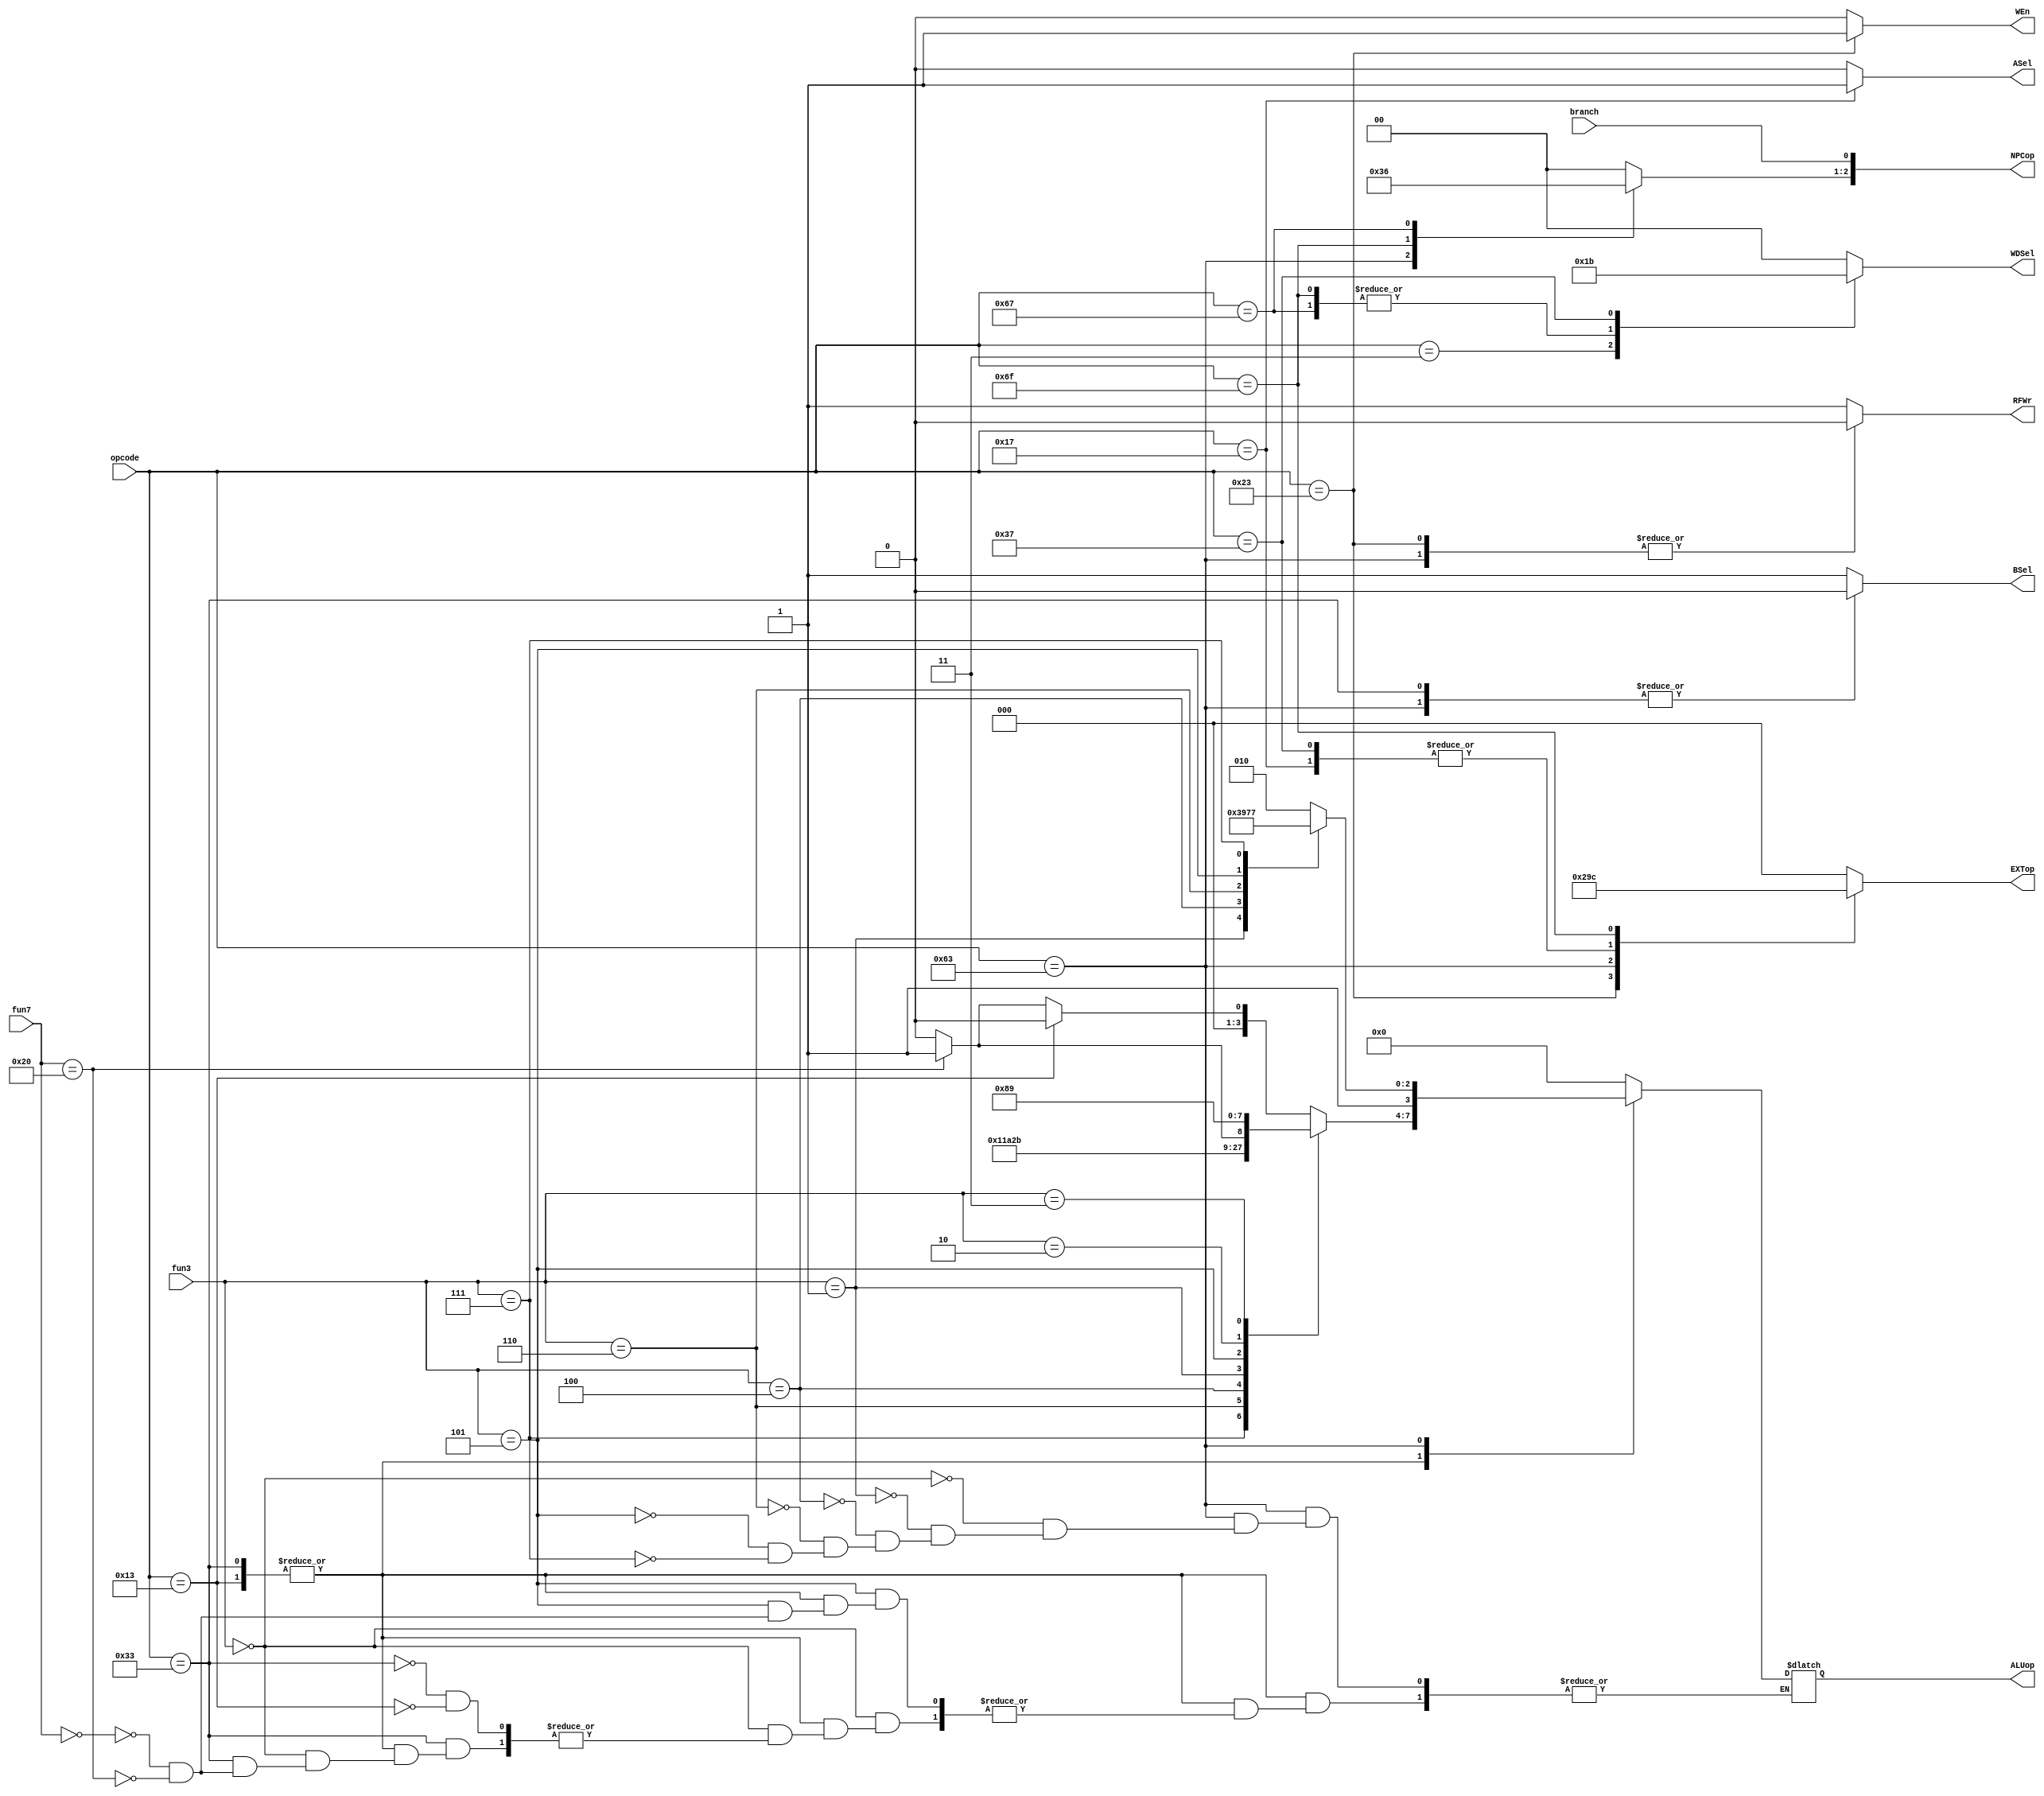
module CTRL (
    input wire [6:0] opcode,
    input wire [14:12] fun3,
    input wire [31:25] fun7,
    input wire branch,
    output reg [2:0] NPCop,
    output reg WEn,
    output reg [3:0] ALUop,
    output reg ASel,
    output reg BSel,
    output reg [2:0] EXTop,
    output reg RFWr,
    output reg [1:0] WDSel
);
    
    //control ALUop
    always @(*) begin
        case (opcode)
            7'b0110011,7'b0010011: begin
                case (fun3)
                    3'b000:begin
                        case (opcode)
                            7'b0110011:begin
                                case (fun7)
                                    7'b0000000: ALUop=0;
                                    7'b0100000: ALUop=4'b0001;
                                endcase
                            end
                            7'b0010011:begin
                                ALUop=0;
                            end
                        endcase
                        
                    end
                    3'b111: ALUop=4'b0010;
                    3'b110: ALUop=4'b0011;
                    3'b100: ALUop=4'b0100;
                    3'b001: ALUop=4'b0101;
                    3'b101:begin
                        case (fun7)
                            7'b0000000: ALUop=4'b0110;
                            7'b0100000: ALUop=4'b0111;
                        endcase
                    end
                    3'b010: ALUop=4'b1000;
                    3'b011: ALUop=4'b1001;
                endcase
            end
            7'b1100011: begin
                case (fun3)
                    3'b000: ALUop=4'b1010;
                    3'b001: ALUop=4'b1011;
                    3'b100: ALUop=4'b1100;
                    3'b110: ALUop=4'b1101;
                    3'b101: ALUop=4'b1110;
                    3'b111: ALUop=4'b1111;
                endcase
            end
            default: ALUop=0;
        endcase
    end
    
    //control NPCop
    always @(*) begin
        NPCop[0]=branch;
        case (opcode)
            7'b1100011: NPCop[2:1]=2'b11;
            7'b1101111: NPCop[2:1]=2'b01;
            7'b1100111: NPCop[2:1]=2'b10;
            default: NPCop[2:1]=0;
        endcase
    end

    //control WEn
    always @(*) begin
        case (opcode)
            7'b0100011: WEn=1;
            default: WEn=0;
        endcase
    end

    //control RFWr
    always @(*) begin
        case (opcode)
            7'b0100011,7'b1100011: RFWr=0;
            default: RFWr=1;
        endcase
    end

    //control ASel and BSel
    always @(*) begin
        case (opcode)
            7'b0010111: ASel=1;
            default: ASel=0; 
        endcase
        case (opcode)
            7'b0110011,7'b1100011: BSel=0;
            default: BSel=1;
        endcase
    end
    
    //control WDSel
    always @(*) begin
        case (opcode)
            7'b0000011: WDSel=2'b01;
            7'b1100111: WDSel=2'b10;
            7'b1101111: WDSel=2'b10;
            7'b0110111: WDSel=2'b11;
            default: WDSel=0;
        endcase
    end

    //control EXTop
    always @(*) begin
        case (opcode)
            7'b0100011: EXTop=3'b001;
            7'b1100011: EXTop=3'b010;
            7'b0110111,7'b0010111: EXTop=3'b011;
            7'b1101111: EXTop=3'b100;
            default: EXTop=0;
        endcase
    end
endmodule